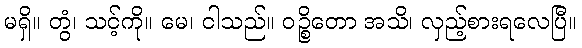
မရှိ။ တွံ၊ သင့်ကို။ မေ၊ ငါသည်။ ဝဉ္စိတော အသိ၊ လှည့်စားရလေပြီ။